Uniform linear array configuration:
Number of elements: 12
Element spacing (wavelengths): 1
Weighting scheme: hann
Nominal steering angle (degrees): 30
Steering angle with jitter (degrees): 29.785
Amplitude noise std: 0.05
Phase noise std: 0.05

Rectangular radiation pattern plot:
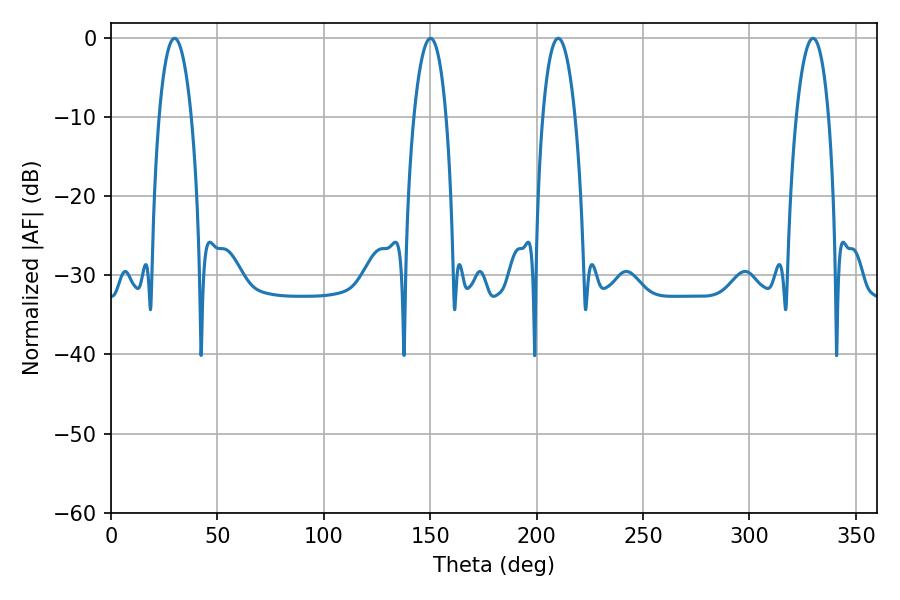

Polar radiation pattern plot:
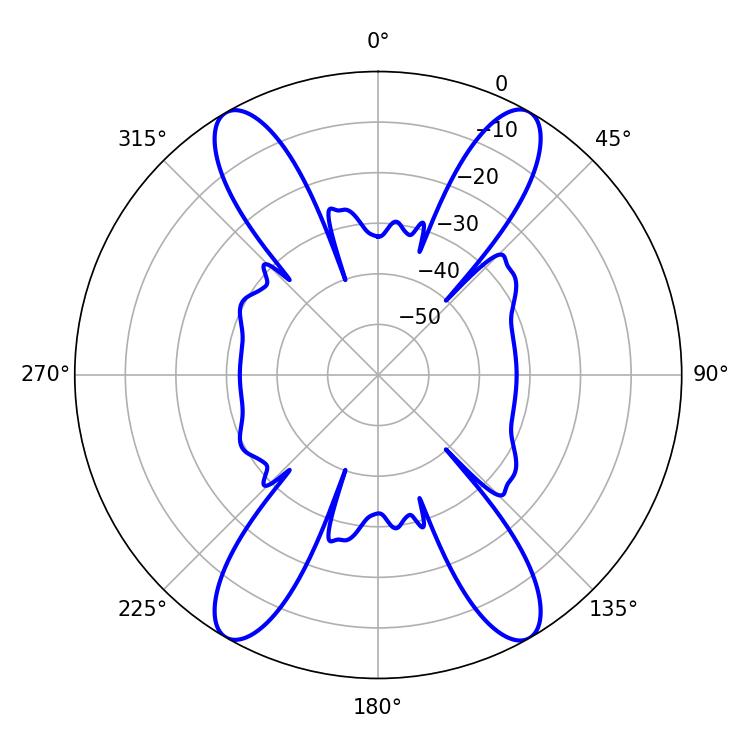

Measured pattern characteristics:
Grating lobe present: TRUE
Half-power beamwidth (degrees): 8.46
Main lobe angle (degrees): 29.88